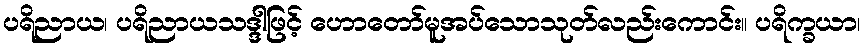
ပရိညာယ၊ ပရိညာယသဒ္ဒါဖြင့် ဟောတော်မူအပ်သောသုတ်လည်းကောင်း။ ပရိက္ခယာ၊